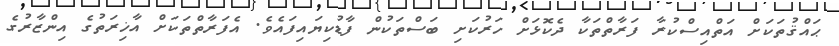
ޙައްޤުތަކަށް އަތްއިސްކުރާ ފަރާތްތަކާ ދެކޮޅަށް ހަރުކަށި ބަސްތަކުން ފާޑުކިޔައިފައެވެ. އެފަރާތްތަކަށް އާޚިރަތުގެ އިންޒާރުގެ